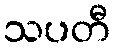
သပတီ